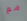
مع